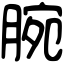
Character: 腕